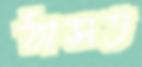
ঠাসত